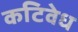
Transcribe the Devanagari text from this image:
कटिवेध